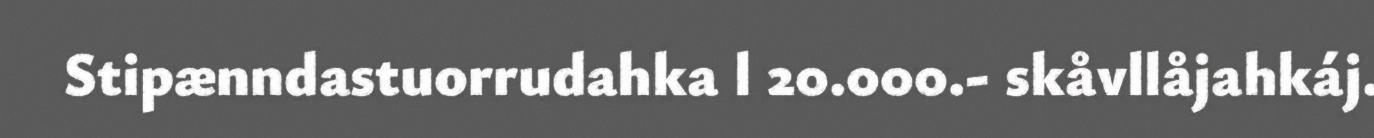
Stipænndastuorrudahka l 20.000.- skåvllåjahkáj.